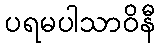
ပရမပါသာဝိနီ